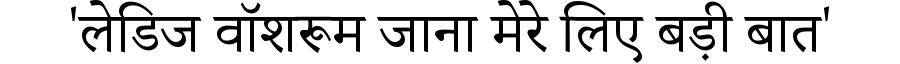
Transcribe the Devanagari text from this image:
'लेडिज वॉशरूम जाना मेरे लिए बड़ी बात'